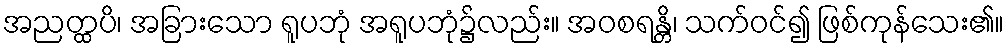
အညတ္ထပိ၊ အခြားသော ရူပဘုံ အရူပဘုံ၌လည်း။ အဝစရန္တိ၊ သက်ဝင်၍ ဖြစ်ကုန်သေး၏။